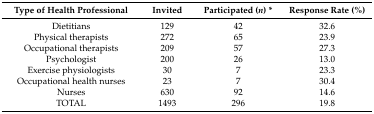
| Type of Health Professional | Invited | Participated (n) * | Response Rate (%) |
 | --- | --- | --- | --- |
 | Dietitians | 129 | 42 | 32.6 |
 | Physical therapists | 272 | 65 | 23.9 |
 | Occupational therapists | 209 | 57 | 27.3 |
 | Psychologist | 200 | 26 | 13.0 |
 | Exercise physiologists | 30 | 7 | 23.3 |
 | Occupational health nurses | 23 | 7 | 30.4 |
 | Nurses | 630 | 92 | 14.6 |
 | TOTAL | 1493 | 296 | 19.8 |